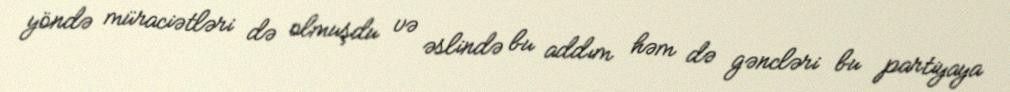
yöndə müraciətləri də olmuşdu və əslində bu addım həm də gəncləri bu partiyaya